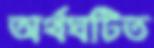
অর্থঘটিত